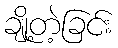
ချို့တဲ့ခြင်း